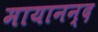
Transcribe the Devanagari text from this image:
मायानन्द